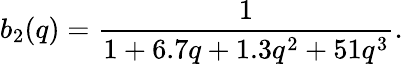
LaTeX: b_{2}(q)=\frac{1}{1+6.7q+1.3q^{2}+51q^{3}}.